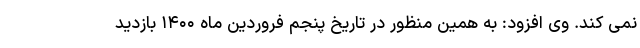
نمی کند. وی افزود: به همین منظور در تاریخ پنجم فروردین ماه ۱۴۰۰ بازدید